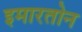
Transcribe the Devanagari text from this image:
इमारतोन